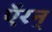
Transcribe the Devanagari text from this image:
ऍरन्